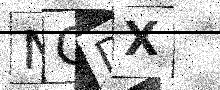
Text: NQDX